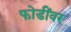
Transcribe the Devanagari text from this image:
फोडींवर